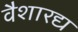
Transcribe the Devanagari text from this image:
वैशारद्य